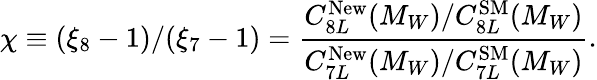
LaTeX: \chi\equiv(\xi_{8}-1)/(\xi_{7}-1)=\frac{C_{8L}^{\mathrm{New}}(M_{W})/C_{8L}^{\mathrm{SM}}(M_{W})}{C_{7L}^{\mathrm{New}}(M_{W})/C_{7L}^{\mathrm{SM}}(M_{W})}.